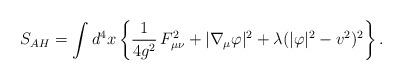
LaTeX: \begin{align*}S_{AH}=\int d^4x\left\{\frac1{4g^2}\,F^2_{\mu\nu}+|\nabla_\mu\varphi|^2+\lambda(|\varphi|^2-v^2)^2\right\}.\end{align*}